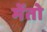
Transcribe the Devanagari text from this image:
मेंतो